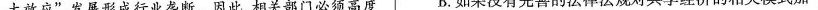
太效应”，发展形成行业垄断。因此，相关部门必须高度 B.如果没有完善的法律法规对共享经济的相关模式加